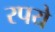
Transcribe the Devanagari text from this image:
रपये